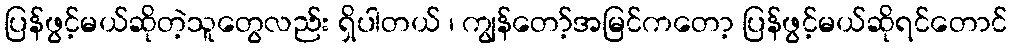
ပြန်ဖွင့်မယ်ဆိုတဲ့သူတွေလည်း ရှိပါတယ် ၊ ကျွန်တော့်အမြင်ကတော့ ပြန်ဖွင့်မယ်ဆိုရင်တောင်